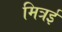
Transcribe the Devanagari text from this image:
मित्रई